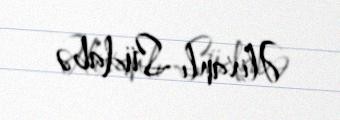
Əlixanlı Südabə